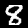
Label: 8